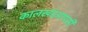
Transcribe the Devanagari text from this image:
कालखंडआपसी